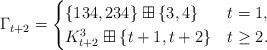
LaTeX: \begin{align*}\Gamma_{t+2} =\begin{cases}\{134, 234\}\boxplus \{3,4\} & t=1, \\K_{t+2}^{3}\boxplus \{t+1,t+2\} & t\geq 2.\end{cases} \end{align*}